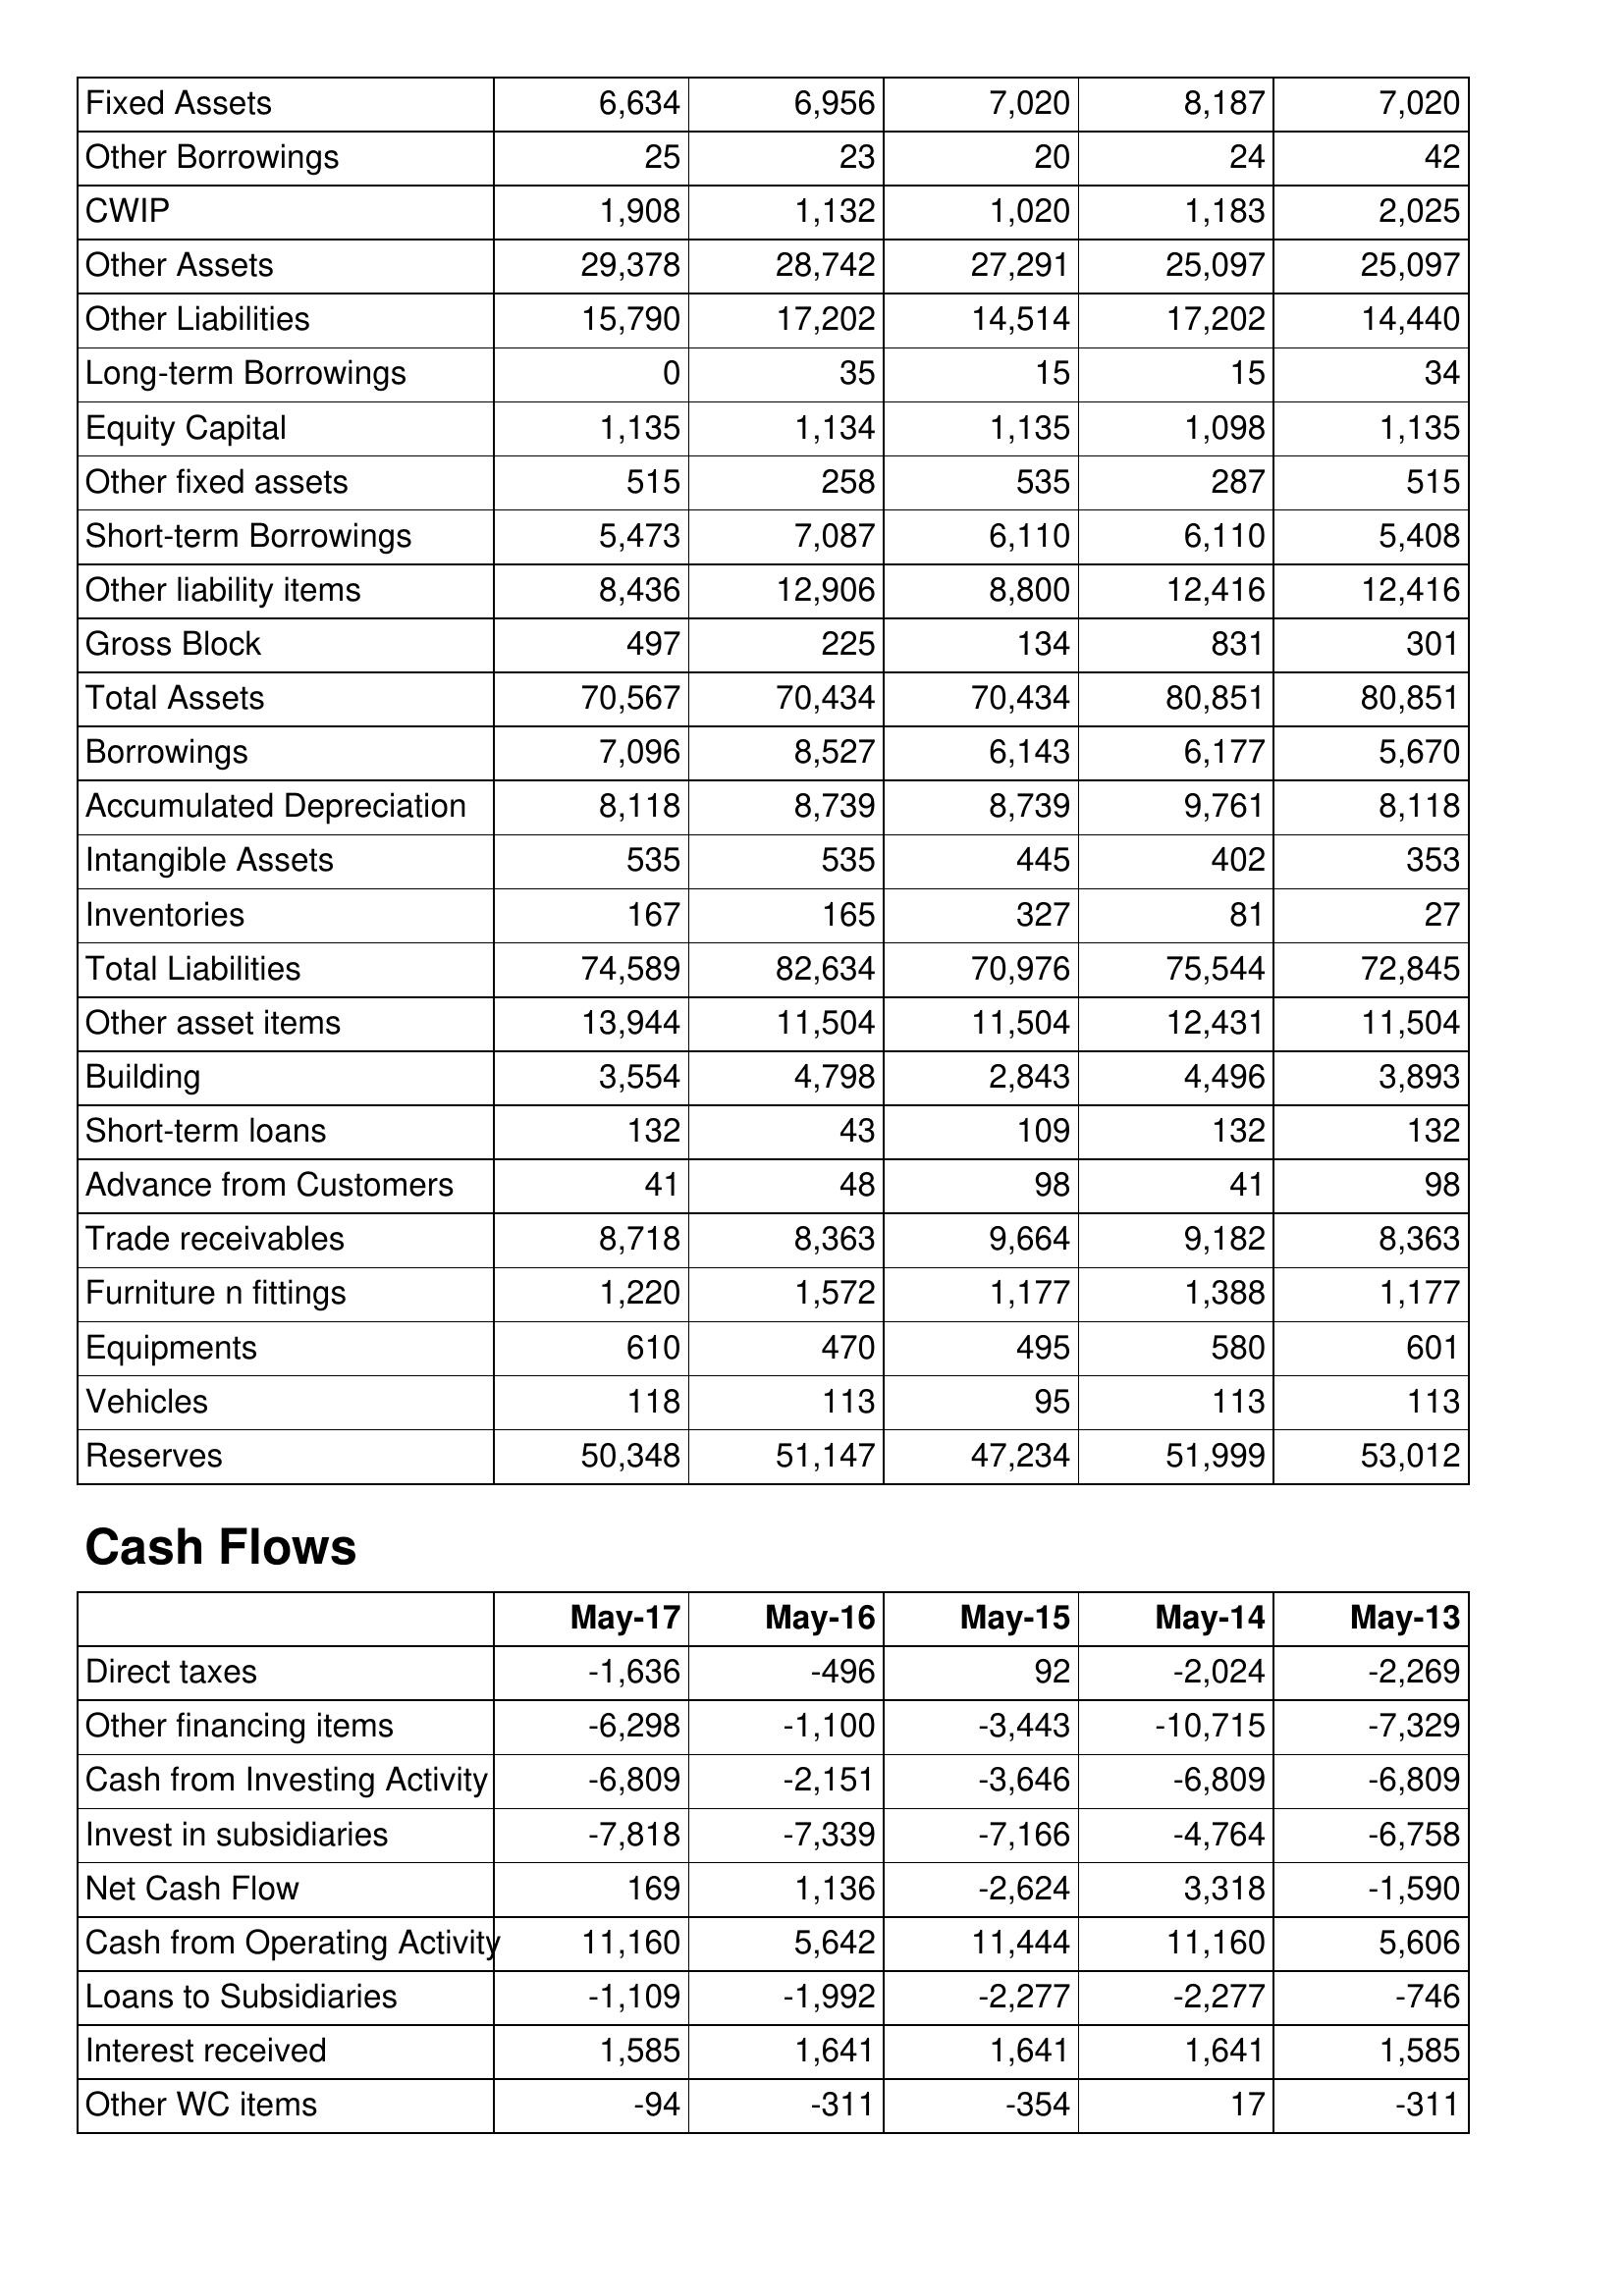
May-17: Balance Sheet: Fixed Assets: 6,634
Other Borrowings: 25
CWIP: 1,908
Other Assets: 29,378
Other Liabilities: 15,790
Long-term Borrowings: 0
Equity Capital: 1,135
Other fixed assets: 515
Short-term Borrowings: 5,473
Other liability items: 8,436
Gross Block: 497
Total Assets: 70,567
Borrowings: 7,096
Accumulated Depreciation: 8,118
Intangible Assets: 535
Inventories: 167
Total Liabilities: 74,589
Other asset items: 13,944
Building: 3,554
Short-term loans: 132
Advance from Customers: 41
Trade receivables: 8,718
Furniture n fittings: 1,220
Equipments: 610
Vehicles: 118
Reserves: 50,348
Cash Flows: Direct taxes: -1,636
Other financing items: -6,298
Cash from Investing Activity: -6,809
Invest in subsidiaries: -7,818
Net Cash Flow: 169
Cash from Operating Activity: 11,160
Loans to Subsidiaries: -1,109
Interest received: 1,585
Other WC items: -94
May-16: Balance Sheet: Fixed Assets: 6,956
Other Borrowings: 23
CWIP: 1,132
Other Assets: 28,742
Other Liabilities: 17,202
Long-term Borrowings: 35
Equity Capital: 1,134
Other fixed assets: 258
Short-term Borrowings: 7,087
Other liability items: 12,906
Gross Block: 225
Total Assets: 70,434
Borrowings: 8,527
Accumulated Depreciation: 8,739
Intangible Assets: 535
Inventories: 165
Total Liabilities: 82,634
Other asset items: 11,504
Building: 4,798
Short-term loans: 43
Advance from Customers: 48
Trade receivables: 8,363
Furniture n fittings: 1,572
Equipments: 470
Vehicles: 113
Reserves: 51,147
Cash Flows: Direct taxes: -496
Other financing items: -1,100
Cash from Investing Activity: -2,151
Invest in subsidiaries: -7,339
Net Cash Flow: 1,136
Cash from Operating Activity: 5,642
Loans to Subsidiaries: -1,992
Interest received: 1,641
Other WC items: -311
May-15: Balance Sheet: Fixed Assets: 7,020
Other Borrowings: 20
CWIP: 1,020
Other Assets: 27,291
Other Liabilities: 14,514
Long-term Borrowings: 15
Equity Capital: 1,135
Other fixed assets: 535
Short-term Borrowings: 6,110
Other liability items: 8,800
Gross Block: 134
Total Assets: 70,434
Borrowings: 6,143
Accumulated Depreciation: 8,739
Intangible Assets: 445
Inventories: 327
Total Liabilities: 70,976
Other asset items: 11,504
Building: 2,843
Short-term loans: 109
Advance from Customers: 98
Trade receivables: 9,664
Furniture n fittings: 1,177
Equipments: 495
Vehicles: 95
Reserves: 47,234
Cash Flows: Direct taxes: 92
Other financing items: -3,443
Cash from Investing Activity: -3,646
Invest in subsidiaries: -7,166
Net Cash Flow: -2,624
Cash from Operating Activity: 11,444
Loans to Subsidiaries: -2,277
Interest received: 1,641
Other WC items: -354
May-14: Balance Sheet: Fixed Assets: 8,187
Other Borrowings: 24
CWIP: 1,183
Other Assets: 25,097
Other Liabilities: 17,202
Long-term Borrowings: 15
Equity Capital: 1,098
Other fixed assets: 287
Short-term Borrowings: 6,110
Other liability items: 12,416
Gross Block: 831
Total Assets: 80,851
Borrowings: 6,177
Accumulated Depreciation: 9,761
Intangible Assets: 402
Inventories: 81
Total Liabilities: 75,544
Other asset items: 12,431
Building: 4,496
Short-term loans: 132
Advance from Customers: 41
Trade receivables: 9,182
Furniture n fittings: 1,388
Equipments: 580
Vehicles: 113
Reserves: 51,999
Cash Flows: Direct taxes: -2,024
Other financing items: -10,715
Cash from Investing Activity: -6,809
Invest in subsidiaries: -4,764
Net Cash Flow: 3,318
Cash from Operating Activity: 11,160
Loans to Subsidiaries: -2,277
Interest received: 1,641
Other WC items: 17
May-13: Balance Sheet: Fixed Assets: 7,020
Other Borrowings: 42
CWIP: 2,025
Other Assets: 25,097
Other Liabilities: 14,440
Long-term Borrowings: 34
Equity Capital: 1,135
Other fixed assets: 515
Short-term Borrowings: 5,408
Other liability items: 12,416
Gross Block: 301
Total Assets: 80,851
Borrowings: 5,670
Accumulated Depreciation: 8,118
Intangible Assets: 353
Inventories: 27
Total Liabilities: 72,845
Other asset items: 11,504
Building: 3,893
Short-term loans: 132
Advance from Customers: 98
Trade receivables: 8,363
Furniture n fittings: 1,177
Equipments: 601
Vehicles: 113
Reserves: 53,012
Cash Flows: Direct taxes: -2,269
Other financing items: -7,329
Cash from Investing Activity: -6,809
Invest in subsidiaries: -6,758
Net Cash Flow: -1,590
Cash from Operating Activity: 5,606
Loans to Subsidiaries: -746
Interest received: 1,585
Other WC items: -311